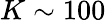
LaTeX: K\sim 100